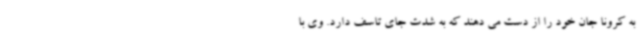
به کرونا جان خود را از دست می دهند که به شدت جای تاسف دارد. وی با